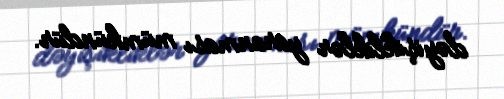
dəyişikliklər yaranması mümkündür.